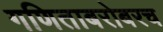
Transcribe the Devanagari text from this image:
गणिताबरोबरच